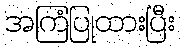
အကြံပြုထားပြီး